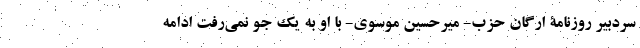
سردبیر روزنامۀ ارگان حزب- میر‌حسین موسوی- با او به یک جو نمی‌رفت ادامه